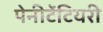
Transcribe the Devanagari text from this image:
पेनीटेंटियरी